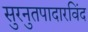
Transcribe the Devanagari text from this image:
सुरनुतपादारविंद